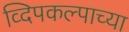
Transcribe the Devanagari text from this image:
व्दिपकल्पाच्या